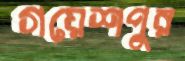
গয়েশপুর